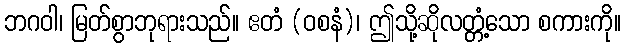
ဘဂဝါ၊ မြတ်စွာဘုရားသည်။ ဧတံ (ဝစနံ)၊ ဤသို့ဆိုလတ္တံ့သော စကားကို။